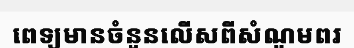
ពេទ្យមានចំនួនលើសពីសំណូមពរ